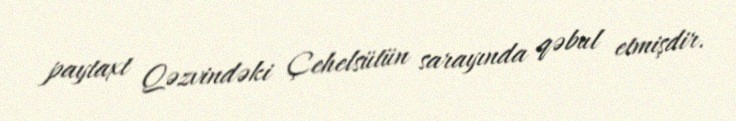
paytaxt Qəzvindəki Çehelsütün sarayında qəbul etmişdir.